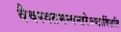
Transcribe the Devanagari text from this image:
वैवस्वतमन्वन्तरेऽष्टाविंशति